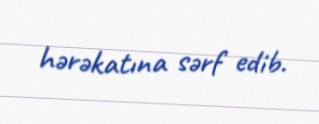
hərəkatına sərf edib.